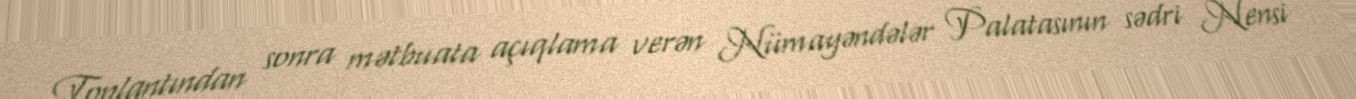
Toplantından sonra mətbuata açıqlama verən Nümayəndələr Palatasının sədri Nensi